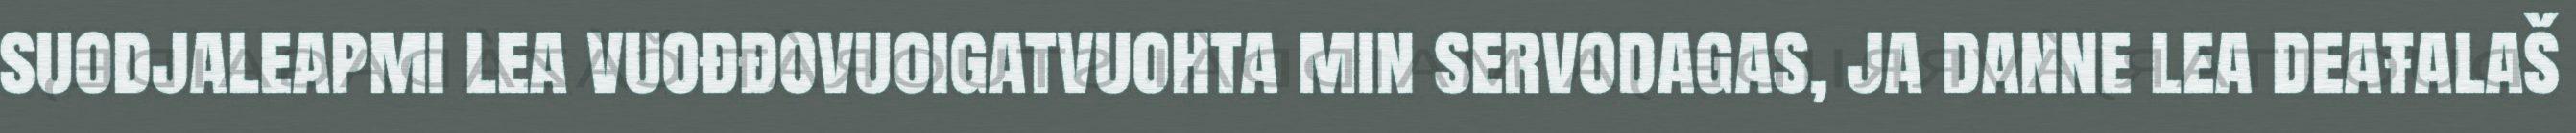
suodjaleapmi lea vuođđovuoigatvuohta min servodagas, ja danne lea deaŧalaš